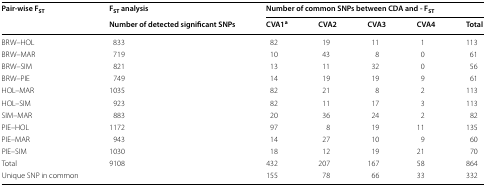
| <ROWSPAN=2> Pair-wise FST | FST analysis | <COLSPAN=5> Number of common SNPs between CDA and - FST |
 | Number of detected significant SNPs | CVA1a | CVA2 | CVA3 | CVA4 | Total |
 | --- | --- | --- | --- | --- | --- | --- |
 | BRW–HOL | 833 | 82 | 19 | 11 | 1 | 113 |
 | BRW–MAR | 719 | 10 | 43 | 8 | 0 | 61 |
 | BRW–SIM | 821 | 13 | 11 | 32 | 0 | 56 |
 | BRW–PIE | 749 | 14 | 19 | 19 | 9 | 61 |
 | HOL–MAR | 1035 | 82 | 21 | 8 | 2 | 113 |
 | HOL–SIM | 923 | 82 | 11 | 17 | 3 | 113 |
 | SIM–MAR | 883 | 20 | 36 | 24 | 2 | 82 |
 | PIE–HOL | 1172 | 97 | 8 | 19 | 11 | 135 |
 | PIE–MAR | 943 | 14 | 27 | 10 | 9 | 60 |
 | PIE–SIM | 1030 | 18 | 12 | 19 | 21 | 70 |
 | Total | 9108 | 432 | 207 | 167 | 58 | 864 |
 | Unique SNP in common |  | 155 | 78 | 66 | 33 | 332 |